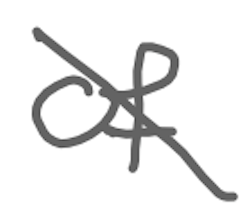
Text: of
Cross-out: diagonal
Writing tool: digital_gray